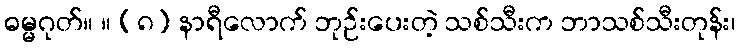
ဓမ္မဂုတ်။ ။ (၈) နာရီလောက် ဘုဉ်းပေးတဲ့ သစ်သီးက ဘာသစ်သီးတုန်း၊